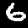
Digit: 6